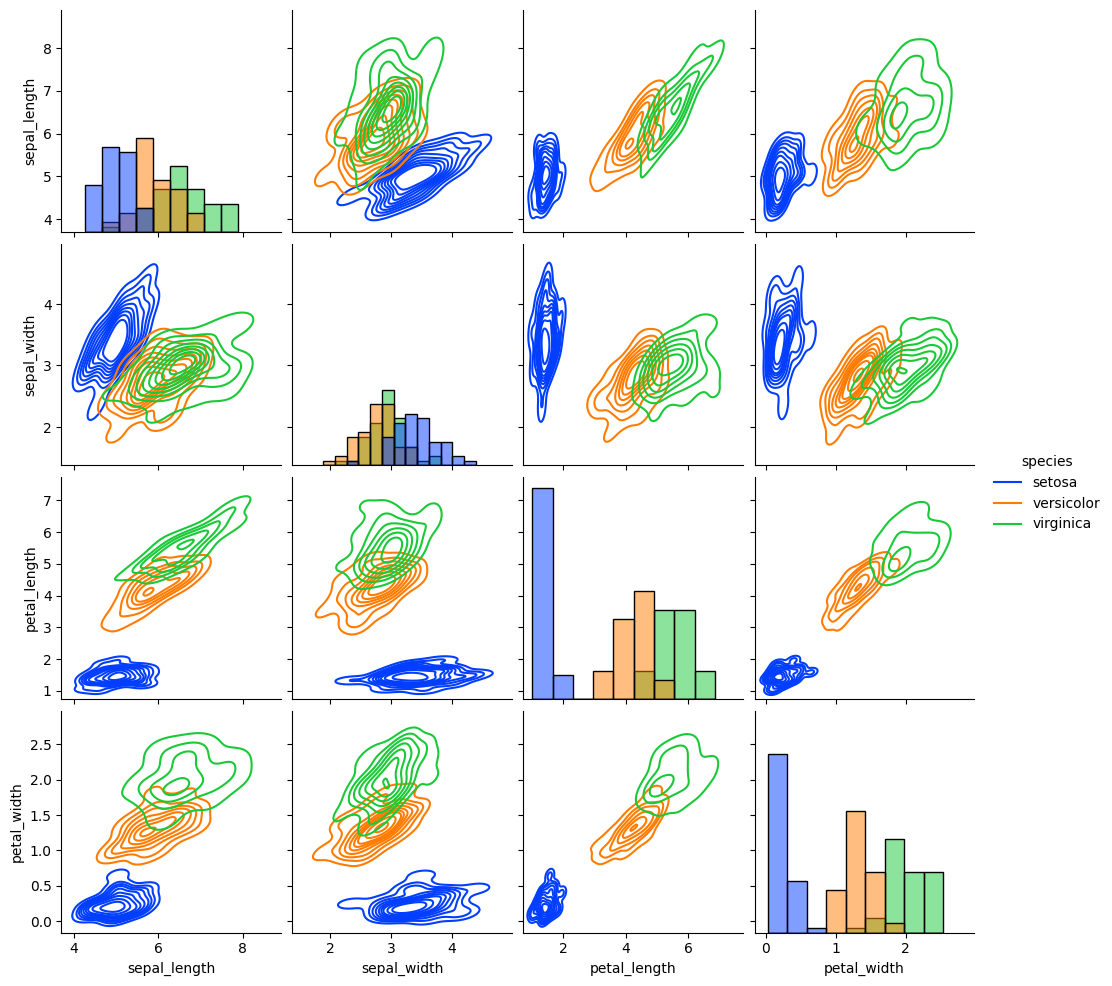
python, seaborn, pairplot, palette='bright', markers=['o', 's', 'D'], kind='kde', diag_kind='hist'